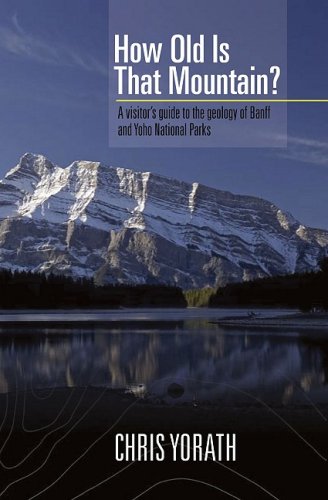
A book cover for How Old is that Mountain?; C. J. Yorath; Travel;